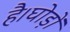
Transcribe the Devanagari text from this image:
है।घोड़ों